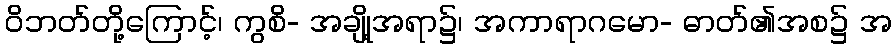
ဝိဘတ်တို့ကြောင့်၊ ကွစိ- အချို့အရာ၌၊ အကာရာဂမော- ဓာတ်၏အစ၌ အ